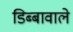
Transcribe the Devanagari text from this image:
डिब्बावाले